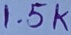
Text: 1.5K